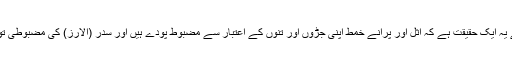
نباتاتی سائنس کے اعتبار سے یہ ایک حقیقت ہے کہ اثل اور پرانے خمط اپنی جڑوں اور تنوں کے اعتبار سے مضبوط پودے ہیں اور سدر (الارز) کی مضبوطی تو صرف ضرب المثل ہے ہی ۔